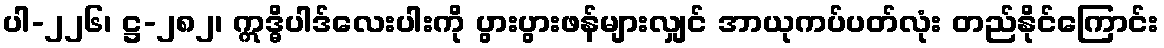
ပါ-၂၂၆၊ ဋ္ဌ-၂၈၂၊ ဣဒ္ဓိပါဒ်လေးပါးကို ပွားပွားဖန်များလျှင် အာယုကပ်ပတ်လုံး တည်နိုင်ကြောင်း